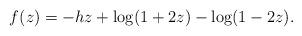
LaTeX: \begin{align*}f(z) = -h z + \log(1+2z) -\log(1-2z).\end{align*}